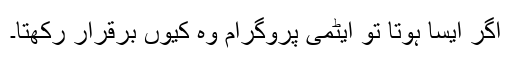
اگر ایسا ہوتا تو ایٹمی پروگرام وہ کیوں برقرار رکھتا۔